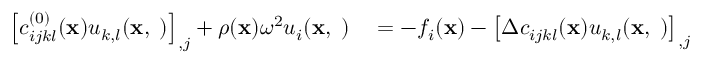
\begin{array} { r l } { \left[ c _ { i j k l } ^ { ( 0 ) } ( { \bf x } ) u _ { k , l } ( { \bf x , \omega } ) \right] _ { , j } + \rho ( { \bf x } ) \omega ^ { 2 } u _ { i } ( { \bf x , \omega } ) } & { { } = - f _ { i } ( { \bf x } ) - \left[ \Delta c _ { i j k l } ( { \bf x } ) u _ { k , l } ( { \bf x , \omega } ) \right] _ { , j } } \end{array}